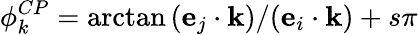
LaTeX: \phi_{k}^{CP}=\arctan{(\mathbf{e}_{j}\cdot\mathbf{k})/(\mathbf{e}_{i}\cdot\mathbf{k})}+s\pi